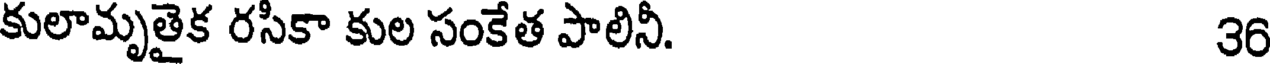
కులామృతైక రసికా కుల సంకేత పాలినీ. 36